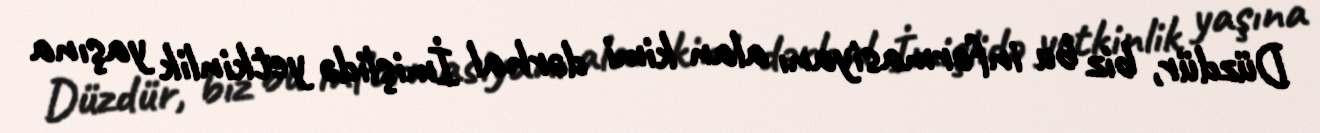
Düzdür, biz bu informasiyanı alan kimi dərhal İmişlidə yetkinlik yaşına